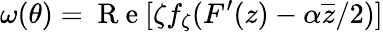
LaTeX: \omega(\theta)=\mathrm{~R~e~}[\zeta f_{\zeta}(F^{\prime}(z)-\alpha\overline{{z}}/2)]